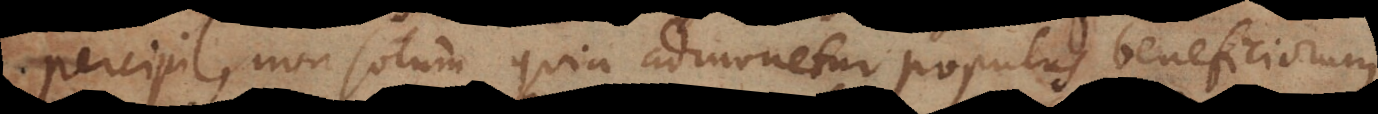
percipi, non solum quia admonetur populus beneficiorum